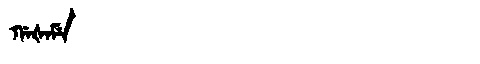
Manchu: ᡤᠠᡧᠠᠮᡝ
Romanization: GAŠAME